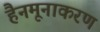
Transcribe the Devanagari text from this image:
हैनमूनाकरण